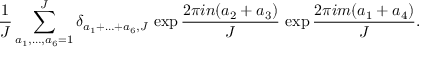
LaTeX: \frac { 1 } { J } \sum _ { a _ { 1 } , \ldots , a _ { 6 } = 1 } ^ { J } \delta _ { a _ { 1 } + \ldots + a _ { 6 } , J } \, \exp \frac { 2 \pi i n ( a _ { 2 } + a _ { 3 } ) } { J } \, \exp \frac { 2 \pi i m ( a _ { 1 } + a _ { 4 } ) } { J } .